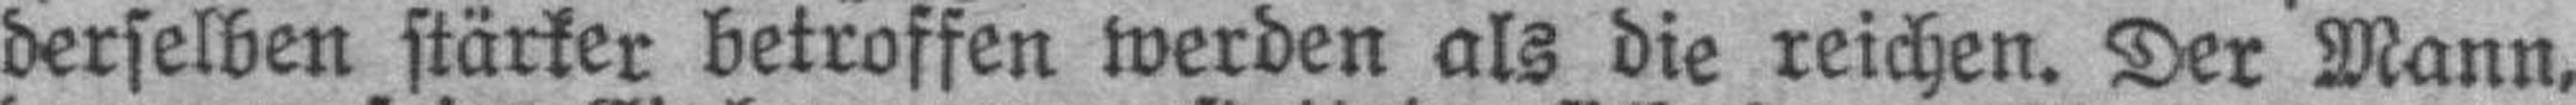
derselben stärker betroffen werden als die reichen. Der Mann,